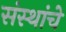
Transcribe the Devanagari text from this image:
संस्‍थांचे